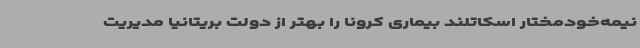
نیمه‌خودمختار اسکاتلند بیماری کرونا را بهتر از دولت بریتانیا مدیریت